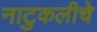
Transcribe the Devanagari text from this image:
नाटुकलीचे